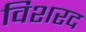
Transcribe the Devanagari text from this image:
विशरद